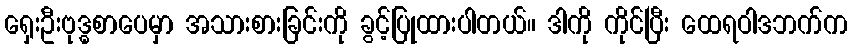
ရှေးဦးဗုဒ္ဓစာပေမှာ အသားစားခြင်းကို ခွင့်ပြုထားပါတယ်။ ဒါကို ကိုင်ပြီး ထေရဝါဒဘက်က